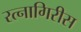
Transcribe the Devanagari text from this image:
रत्नागिरीस